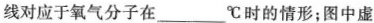
线对应于氧气分子在___℃时的情形；